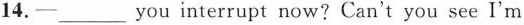
14.-___you interrupt now?Can't you see I'm